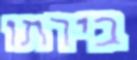
בירתו